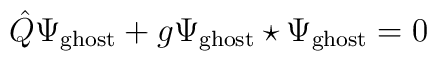
\hat{Q} \Psi_{\rm ghost} + g \Psi_{\rm ghost}\star\Psi_{\rm ghost} = 0